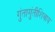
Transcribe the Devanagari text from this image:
गुंतागुंतीशिवाय